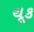
થૂક